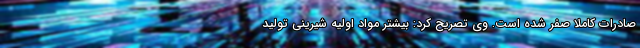
صادرات کاملا صفر شده است. وی تصریح کرد:‌ بیشتر مواد اولیه شیرینی تولید